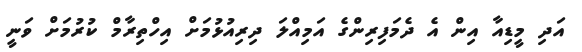
އަދި މީޑިއާ އިން އެ ދެމަފިރިންގެ އަމިއްލަ ދިރިއުޅުމަށް އިހްތިރާމް ކުރުމަށް ވަނީ